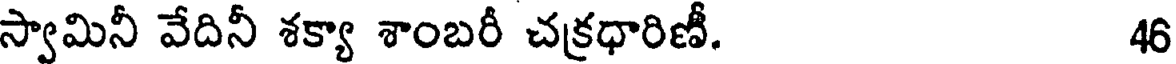
స్వామినీ వేదినీ శక్యా శాంబరీ చక్రధారిణీ. 46